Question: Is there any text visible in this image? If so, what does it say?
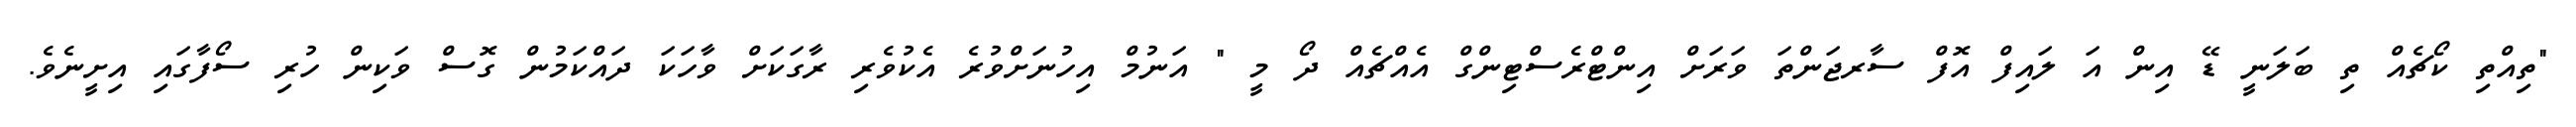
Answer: "ތިއްތި ކޯޗެއް ތި ބަލަނީ ޑޭ އިން އަ ލައިފް އޮފް ސާރޖަންތަ ވަރަށް އިންޓްރެސްޓިންގް އެއްޗެއް ދޯ މީ " އަނުމް އިހުނަށްވުރެ އެކުވެރި ރާގަކަށް ވާހަކަ ދައްކަމުން ގޮސް ވަކިން ހުރި ސޯފާގައި އިށީނެވެ.